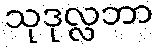
သုဒုလ္လဘာ